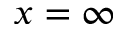
x = \infty